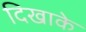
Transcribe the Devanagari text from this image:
दिखाके